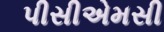
પીસીએમસી